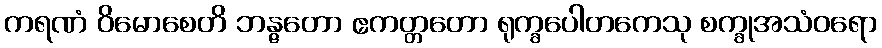
ကရဏံ ဝိမောစေတိ ဘန္ဇတော ဧကတ္တတော ရုက္ခပေါတကေသု စက္ခုအသံဝရော